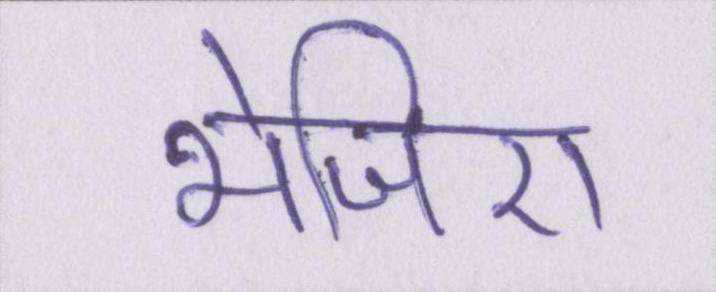
भेजिए